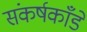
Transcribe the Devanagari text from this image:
संकर्षकाँडे